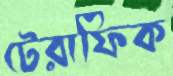
টেরাফিক